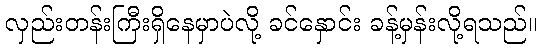
လှည်းတန်းကြီးရှိနေမှာပဲလို့ ခင်နှောင်း ခန့်မှန်းလို့ရသည်။